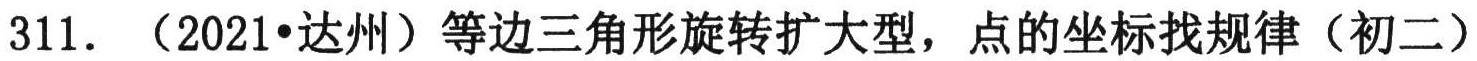
311. （2021•达州）等边三角形旋转扩大型，点的坐标找规律（初二）